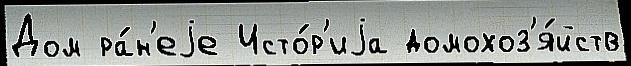
Дом ра́н'еjе Исто́р'иjа домохоз'я́йств